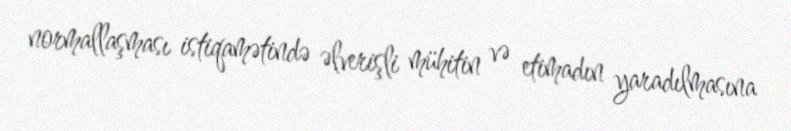
normallaşması istiqamətində əlverişli mühitin və etimadın yaradılmasına